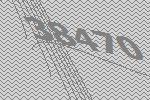
38470